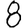
Digit: 8